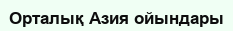
Орталық Азия ойындары